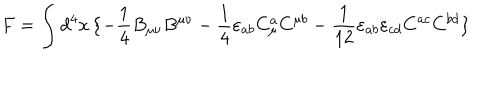
F = \int d ^ { 4 } x \, \{ - \frac { 1 } { 4 } B _ { \mu \nu } B ^ { \mu \nu } - \frac { 1 } { 4 } \varepsilon _ { a b } C _ { \mu } ^ { a } C ^ { \mu b } - \frac { 1 } { 1 2 } \varepsilon _ { a b } \varepsilon _ { c d } C ^ { a c } C ^ { b d } \}